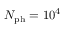
N _ { \mathrm { p h } } = 1 0 ^ { 4 }